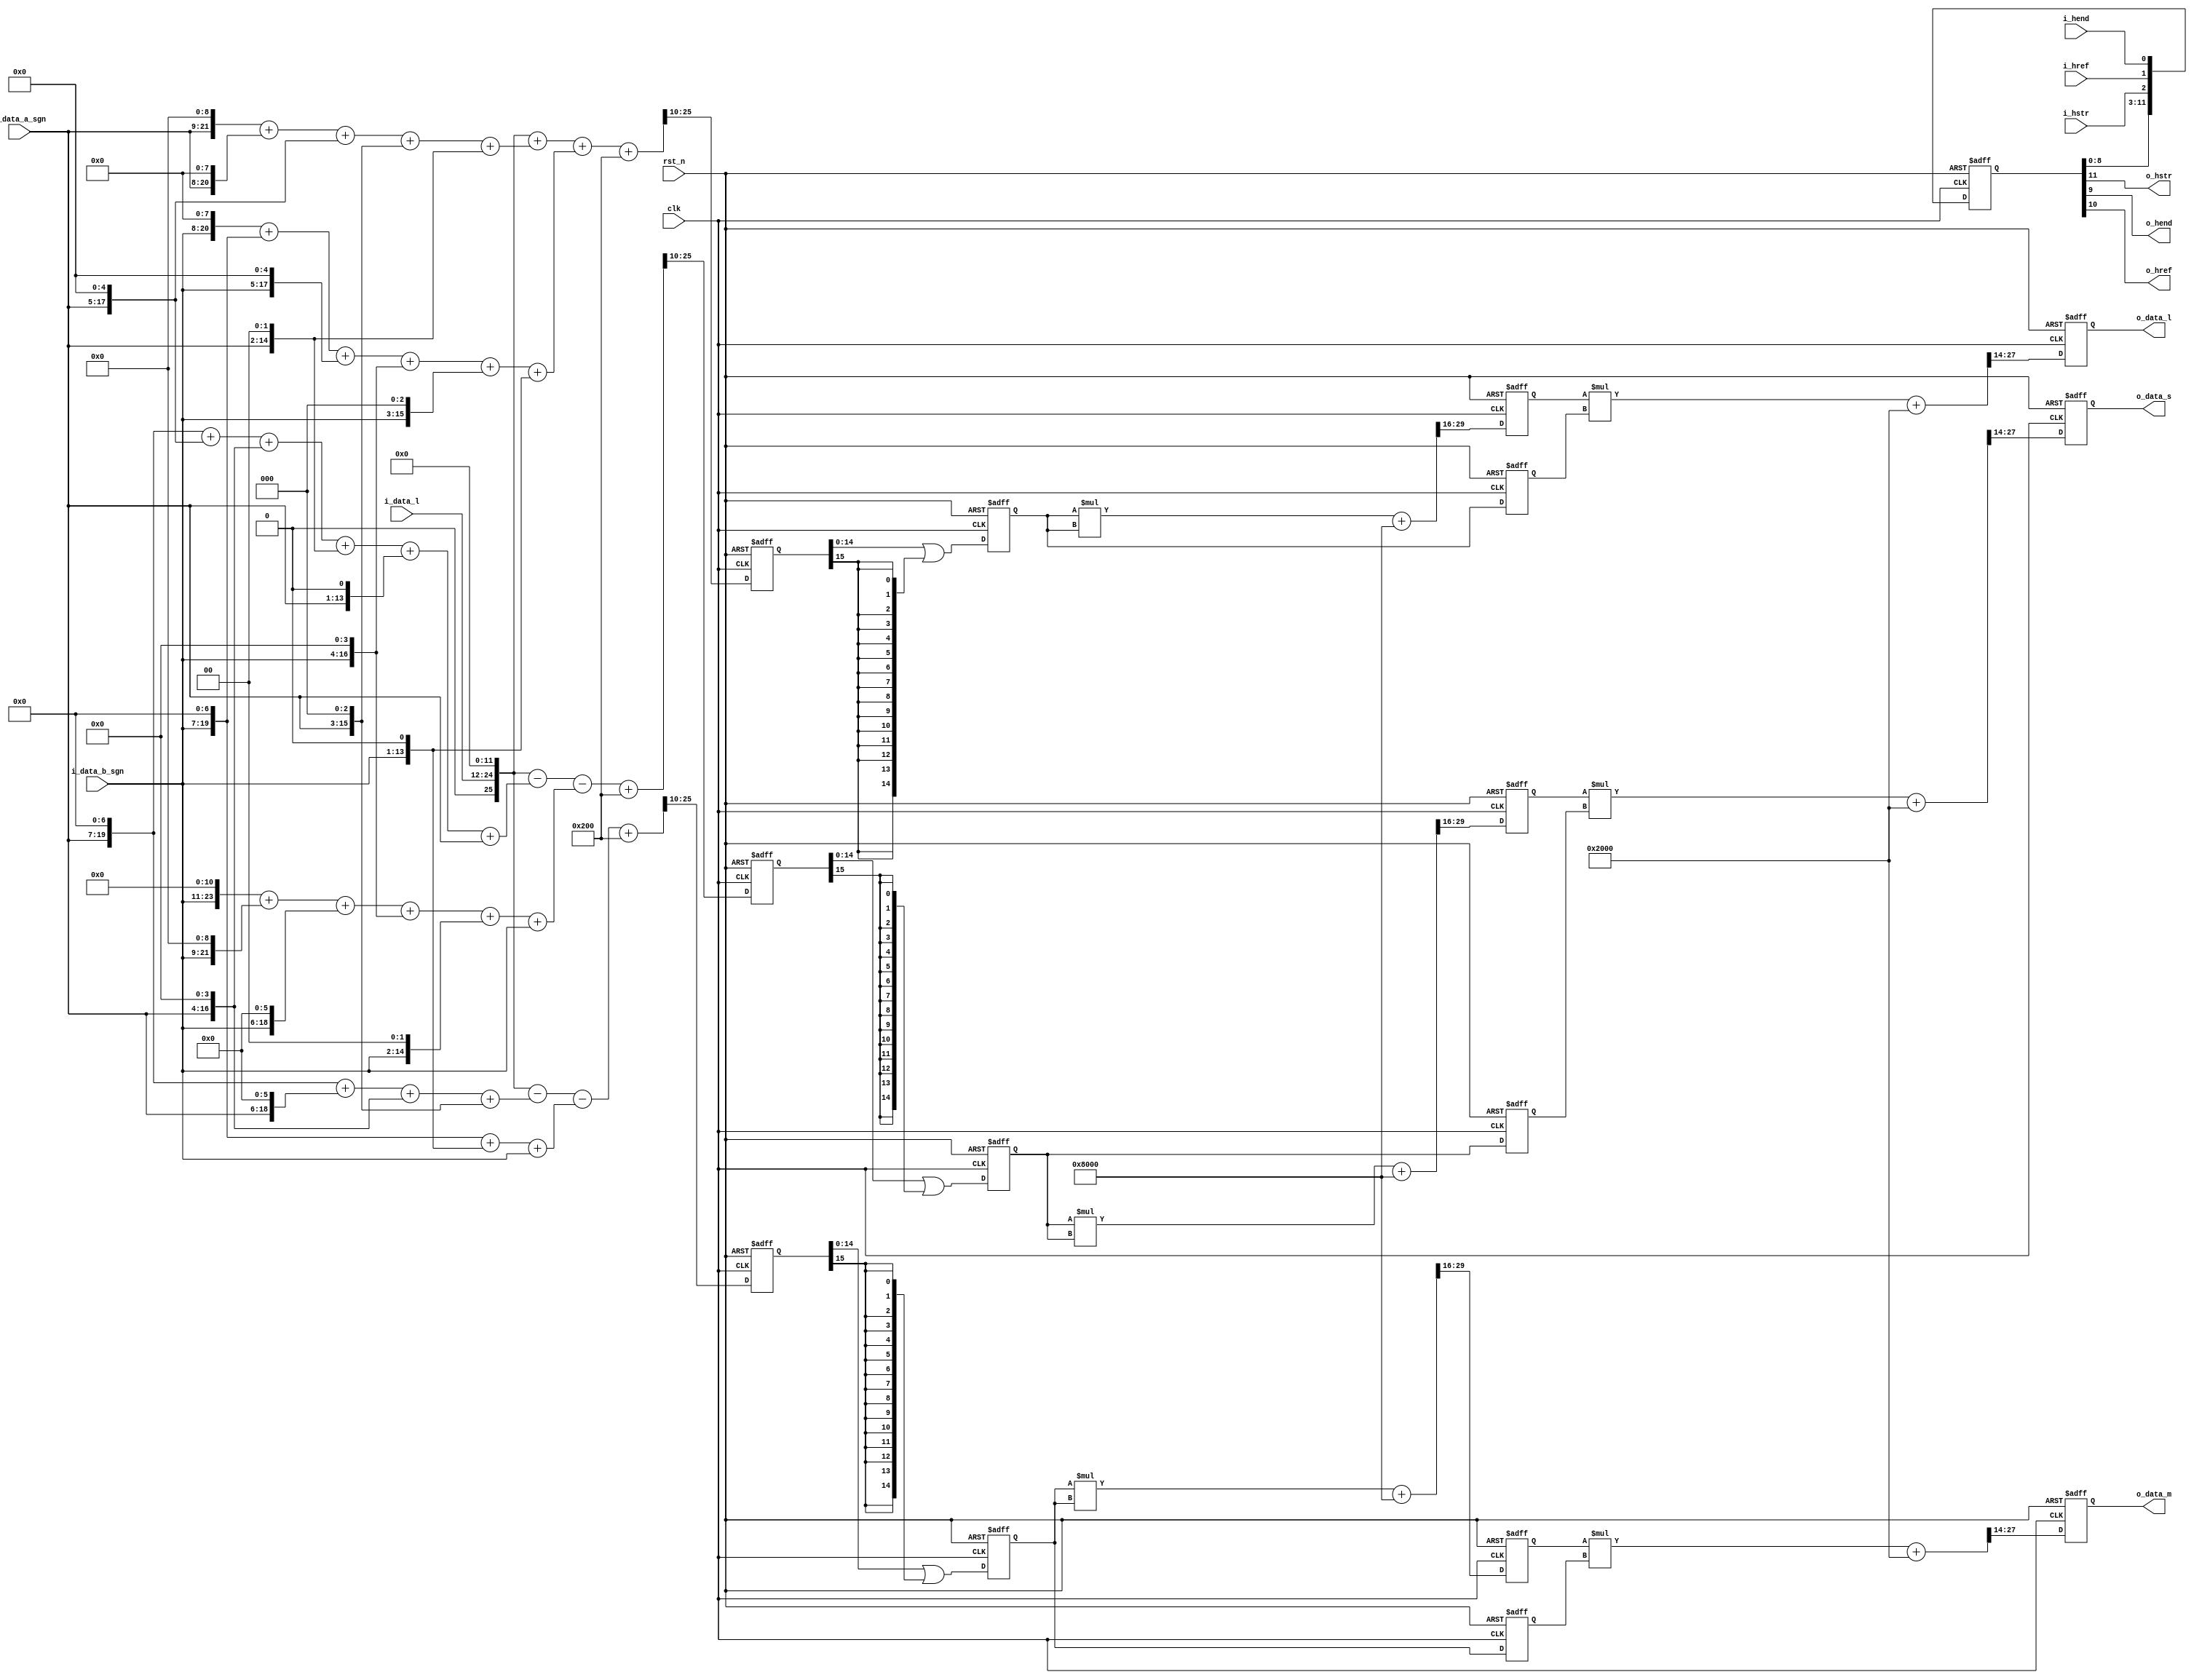
// +FHDR -----------------------------------------------------------------------
// Copyright (c) Silicon Optronics. Inc. 2022
//
//                      2.Martin Chen 
//                      3.Humphrey Lin
// Version:             1.0
//
// File Description:    OKLAB to LMS Converter
// Abbreviations:
// Parameters:          PRECISION:    S 3.11
// Data precision :     input  : L  :   3.10 
//                               AB : S 1.10
//                      outupt :        3.12
// Consuming time :     4T  
// -FHDR -----------------------------------------------------------------------

module ip_oklab2lms 
   #(
    parameter CIIW_L    = 3,                //LAB-L Accuracy Input Integer Width   //Accuracy can be reduced , but not improved 
    parameter CIPW_L    = 10,               //LAB-L Accuracy Input Point Width     //Accuracy can be reduced , but not improved 
    parameter CIIW_AB   = 2,                //LAB-AB Accuracy Input Integer Width  //Accuracy can be reduced , but not improved 
    parameter CIPW_AB   = 11,               //LAB-AB Accuracy Input Point Width    //Accuracy can be reduced , but not improved 
    parameter CIW_LAB   = 3,                //LAB Accuracy Output Integer Width    //Accuracy can be reduced , but not improved    
    parameter CPW_LAB   = 12,               //LAB Accuracy Output Point Width      //Accuracy can be reduced , but not improved        
    parameter CIW_L     = CIIW_L + CIPW_L,
    parameter CIW_AB    = CIIW_AB + CIPW_AB,
    parameter CIW_STG_1 = 6,                //stage1 multi Accuracy Integer Width  //Accuracy can be changed 
    parameter CPW_STG_1 = 8,                //stage1 multi Accuracy Point Width    //Accuracy can be changed 
    parameter COIW      = 8,                //LMS Accuracy Output Integer Width    //Accuracy can be reduced , but not improved 
    parameter COPW      = 6,                //LMS Accuracy Output Point Width      //Accuracy can be reduced , but not improved 
    parameter COW       = COIW + COPW
    )
(
    
//----------------------------------------------//
// Output declaration                           //
//----------------------------------------------//
output reg   [COW-1:0]    o_data_l,
output reg   [COW-1:0]    o_data_m,
output reg   [COW-1:0]    o_data_s,
output                    o_hstr,
output                    o_hend,
output                    o_href,

//----------------------------------------------//
// Input declaration                            //
//----------------------------------------------//
input        [CIW_L-1:0]  i_data_l,
input signed [CIW_AB-1:0] i_data_a_sgn,
input signed [CIW_AB-1:0] i_data_b_sgn,
input                     i_hstr,
input                     i_hend,
input                     i_href,
input                     clk,
input                     rst_n
);

//----------------------------------------------//
// Local parameter                              //
//----------------------------------------------//
localparam [4:0]    CW_LAB    = CIW_LAB + CPW_LAB;    //total precision for lab 
localparam [4:0]    SHIFT_BIT = (11 + 11 -CPW_LAB);   //CIPW_L and CIPW_AB will be fix to 11 

localparam [4:0]    CW_STG_1  = CIW_STG_1 + CPW_STG_1;//total precision for state1 multi

localparam [COW:0]  MAX_NUM   = (2**COW);

localparam [3:0]    DEL_NUM   = 4;
localparam [3:0]    DEL_TOL   = (DEL_NUM)*3-1;
//----------------------------------------------//
// Wire declaration                             //
//----------------------------------------------//
//-------------------------------------------------------------------------------------------- common
wire        [3:0]                    shift_bit_l;
wire        [3:0]                    shift_bit_ab;

//-------------------------------------------------------------------------------------------- color convert
wire        [11+11+CIIW_L  : 0]      l_x2048;       // CIPW_L and CIPW_AB will be fix to 11 
wire signed [10+11+CIIW_AB : 0]      a_x812_sgn;
wire signed [9 +11+CIIW_AB : 0]      b_x442_sgn;
wire        [12+11+CIIW_AB : 0]      l_x2048_o;
wire        [11+11-CPW_LAB-1:0]      l_x2048_o_rnd;
reg         [CW_LAB :0]              l_x2048_o_sft;
wire        [CW_LAB :0]              l_x2048_o_sft_nxt;

wire signed [8 +11+CIIW_AB : 0]      a_x216_sgn;
wire signed [8 +11+CIIW_AB : 0]      b_x131_sgn;
wire        [12+11+CIIW_AB : 0]      m_x2048;
wire        [11+11-CPW_LAB-1:0]      m_x2048_rnd;
reg         [CW_LAB :0]              m_x2048_sft;
wire        [CW_LAB :0]              m_x2048_sft_nxt;

wire signed [8 +11+CIIW_AB : 0]      a_x183_sgn;
wire signed [12+11+CIIW_AB : 0]      b_x2645_sgn;
wire        [13+11+CIIW_AB : 0]      s_x2048;
wire        [11+11-CPW_LAB-1:0]      s_x2048_rnd;
reg         [CW_LAB :0]              s_x2048_sft;
wire        [CW_LAB :0]              s_x2048_sft_nxt;

//-------------------------------------------------------------------------------------------- cubic calculation 
wire        [CPW_LAB*2-1 :0]         stg_1_rnd;
wire        [CPW_STG_1+CPW_LAB-1 :0] stg_2_rnd;

wire        [CW_LAB-1 :0]            l_mul_stg_0_nxt;
wire        [CW_LAB-1 :0]            m_mul_stg_0_nxt;
wire        [CW_LAB-1 :0]            s_mul_stg_0_nxt;
reg         [CW_LAB-1 :0]            l_mul_stg_0;
reg         [CW_LAB-1 :0]            m_mul_stg_0;
reg         [CW_LAB-1 :0]            s_mul_stg_0;
reg         [CW_LAB-1 :0]            l_mul_stg_0_q;
reg         [CW_LAB-1 :0]            m_mul_stg_0_q;
reg         [CW_LAB-1 :0]            s_mul_stg_0_q;

wire        [CW_LAB+CW_LAB-1 :0]     l_mul_stg_1;
wire        [CW_LAB+CW_LAB-1 :0]     m_mul_stg_1;
wire        [CW_LAB+CW_LAB-1 :0]     s_mul_stg_1;

reg         [CW_STG_1-1 :0]          l_mul_stg_1_pt; //6.8
reg         [CW_STG_1-1 :0]          m_mul_stg_1_pt; //6.8
reg         [CW_STG_1-1 :0]          s_mul_stg_1_pt; //6.8

wire        [CW_STG_1-1 :0]          l_mul_stg_1_pt_nxt; //6.8
wire        [CW_STG_1-1 :0]          m_mul_stg_1_pt_nxt; //6.8
wire        [CW_STG_1-1 :0]          s_mul_stg_1_pt_nxt; //6.8

wire        [CW_STG_1 +CW_LAB-1 :0]  l_mul_stg_2; 
wire        [CW_STG_1 +CW_LAB-1 :0]  m_mul_stg_2; 
wire        [CW_STG_1 +CW_LAB-1 :0]  s_mul_stg_2; 

//-------------------------------------------------------------------------------------------- output
wire        [COW-1 :0]               o_data_l_nxt; //8.6
wire        [COW-1 :0]               o_data_m_nxt; //8.6
wire        [COW-1 :0]               o_data_s_nxt; //8.6

reg         [DEL_TOL:0]              out_que;
wire        [DEL_TOL:0]              out_que_nxt;
//----------------------------------------------//
// Code Descriptions                            //
//----------------------------------------------//
//-------------------------------------------------------------------------------------------- common
assign x2048_rnd           = 1'b1 << (SHIFT_BIT -1);

assign shift_bit_l         = 11 - CIPW_L;
assign shift_bit_ab        = 11 - CIPW_AB;

//-------------------------------------------------------------------------------------------- color convert
// 11 bit precision
// L = 1*L+ 0.396484375*a + 0.2158203125*b
// L = (2048/2048)*L+ (812/2048)*a + (442/2048)*b

assign  l_x2048            = (i_data_l <<(11 +shift_bit_l));
assign  a_x812_sgn         = (i_data_a_sgn <<(9 +shift_bit_ab)) + (i_data_a_sgn <<(8 +shift_bit_ab)) + (i_data_a_sgn <<(5 +shift_bit_ab)) + 
                             (i_data_a_sgn <<(3 +shift_bit_ab)) + (i_data_a_sgn <<(2 +shift_bit_ab));
assign  b_x442_sgn         = (i_data_b_sgn <<(8 +shift_bit_ab)) + (i_data_b_sgn <<(7 +shift_bit_ab)) + (i_data_b_sgn <<(5 +shift_bit_ab)) + 
                             (i_data_b_sgn <<(4 +shift_bit_ab)) + (i_data_b_sgn <<(3 +shift_bit_ab)) + (i_data_b_sgn <<(1 +shift_bit_ab));

assign  l_x2048_o          = $signed(l_x2048) + $signed(a_x812_sgn) + $signed(b_x442_sgn);
assign  l_x2048_o_rnd      = {1'b1,{(SHIFT_BIT -1){1'b0}}};
assign  l_x2048_o_sft_nxt  = (l_x2048_o) + (l_x2048_o_rnd)>>> SHIFT_BIT;
assign  l_mul_stg_0_nxt    = l_x2048_o_sft | {CW_LAB{l_x2048_o_sft[CW_LAB]}};


// M = 1*L+ -0.10546875*a + -0.06396484375*b
// M = (2048/2048)*L+ (-216/2048)*a + (-131/2048)*b

assign  a_x216_sgn         = (i_data_a_sgn <<(7 +shift_bit_ab)) + (i_data_a_sgn <<(6 +shift_bit_ab)) + (i_data_a_sgn <<(4 +shift_bit_ab)) + (i_data_a_sgn <<(3 +shift_bit_ab));
assign  b_x131_sgn         = (i_data_b_sgn <<(7 +shift_bit_ab)) + (i_data_b_sgn <<(1 +shift_bit_ab)) + (i_data_b_sgn <<(shift_bit_ab)) ;

assign  m_x2048            = $signed(l_x2048) - $signed(a_x216_sgn) - $signed(b_x131_sgn);
assign  m_x2048_rnd        = {1'b1,{(SHIFT_BIT -1){1'b0}}};
assign  m_x2048_sft_nxt    = (m_x2048) + (m_x2048_rnd)>>> SHIFT_BIT;
assign  m_mul_stg_0_nxt    = m_x2048_sft | {CW_LAB{m_x2048_sft[CW_LAB]}};


// S = 1*L+ -0.08935546875*a + -1.29150390625*b
// S = (2048/2048)*L+ (-183/2048)*a + (-2645/2048)*b

assign  a_x183_sgn         = (i_data_a_sgn <<(7 +shift_bit_ab)) + (i_data_a_sgn <<(5 +shift_bit_ab)) + (i_data_a_sgn <<(4 +shift_bit_ab)) +
                             (i_data_a_sgn <<(2 +shift_bit_ab)) + (i_data_a_sgn <<(1 +shift_bit_ab)) + (i_data_a_sgn <<(shift_bit_ab));
assign  b_x2645_sgn        = (i_data_b_sgn <<(11 +shift_bit_ab))+ (i_data_b_sgn <<(9 +shift_bit_ab)) + (i_data_b_sgn <<(6 +shift_bit_ab)) +
                             (i_data_b_sgn <<(4 +shift_bit_ab)) + (i_data_b_sgn <<(2 +shift_bit_ab)) + (i_data_b_sgn <<(shift_bit_ab));
                       
assign  s_x2048            = $signed(l_x2048) - $signed(a_x183_sgn) - $signed(b_x2645_sgn);
assign  s_x2048_rnd        = {1'b1,{(SHIFT_BIT -1){1'b0}}};
assign  s_x2048_sft_nxt    = (s_x2048) + (s_x2048_rnd)>>> SHIFT_BIT;
assign  s_mul_stg_0_nxt    = s_x2048_sft | {CW_LAB{s_x2048_sft[CW_LAB]}};


//-------------------------------------------------------------------------------------------- cubic calculation 
assign stg_1_rnd           = 1'b1 << (CPW_LAB*2-CPW_STG_1-1);
assign stg_2_rnd           = 1'b1 << (CPW_STG_1+CPW_LAB-COPW-1);

assign l_mul_stg_1         = l_mul_stg_0 * l_mul_stg_0 + stg_1_rnd; 
assign l_mul_stg_1_pt_nxt  = l_mul_stg_1[CW_LAB+CW_LAB-1 -: CW_STG_1]; //6.8
assign l_mul_stg_2         = l_mul_stg_1_pt * l_mul_stg_0_q + stg_2_rnd;      
assign o_data_l_nxt        = l_mul_stg_2[CW_STG_1 +CW_LAB-2 -: COW];   //8.6

assign m_mul_stg_1         = m_mul_stg_0 * m_mul_stg_0 + stg_1_rnd; 
assign m_mul_stg_1_pt_nxt  = m_mul_stg_1[CW_LAB+CW_LAB-1 -: CW_STG_1]; //6.8
assign m_mul_stg_2         = m_mul_stg_1_pt * m_mul_stg_0_q + stg_2_rnd;
assign o_data_m_nxt        = m_mul_stg_2[CW_STG_1 +CW_LAB-2 -: COW];   //8.6

assign s_mul_stg_1         = s_mul_stg_0 * s_mul_stg_0 + stg_1_rnd; 
assign s_mul_stg_1_pt_nxt  = s_mul_stg_1[CW_LAB+CW_LAB-1 -: CW_STG_1]; //6.8
assign s_mul_stg_2         = s_mul_stg_1_pt * s_mul_stg_0_q + stg_2_rnd; 
assign o_data_s_nxt        = s_mul_stg_2[CW_STG_1 +CW_LAB-2 -: COW];   //8.6

//-------------------------------------------------------------------------------------------- output 
assign out_que_nxt         = {out_que[DEL_TOL:0] , i_hstr,i_href,i_hend};
assign o_hstr              = out_que[DEL_TOL];
assign o_href              = out_que[DEL_TOL-1];
assign o_hend              = out_que[DEL_TOL-2];



always@(posedge clk or negedge rst_n)begin
    if (!rst_n) begin
//-------------------------------------------------------------------------------------------- color convert
        l_x2048_o_sft  <= 0;
        m_x2048_sft    <= 0;
        s_x2048_sft    <= 0;
        
//-------------------------------------------------------------------------------------------- cubic calculation 
        l_mul_stg_0    <= 0;
        m_mul_stg_0    <= 0;
        s_mul_stg_0    <= 0;
        l_mul_stg_0_q  <= 0;
        m_mul_stg_0_q  <= 0;
        s_mul_stg_0_q  <= 0;    
        l_mul_stg_1_pt <= 0;
        m_mul_stg_1_pt <= 0;
        s_mul_stg_1_pt <= 0;
        
//-------------------------------------------------------------------------------------------- output
        o_data_l       <= 0;
        o_data_m       <= 0;
        o_data_s       <= 0;
        out_que        <= 0;

    end
    else begin
//-------------------------------------------------------------------------------------------- color convert
        l_x2048_o_sft  <= l_x2048_o_sft_nxt;
        m_x2048_sft    <= m_x2048_sft_nxt;
        s_x2048_sft    <= s_x2048_sft_nxt;
        
//-------------------------------------------------------------------------------------------- cubic calculation 
        l_mul_stg_0    <= l_mul_stg_0_nxt;
        m_mul_stg_0    <= m_mul_stg_0_nxt;
        s_mul_stg_0    <= s_mul_stg_0_nxt;
        l_mul_stg_0_q  <= l_mul_stg_0;
        m_mul_stg_0_q  <= m_mul_stg_0;
        s_mul_stg_0_q  <= s_mul_stg_0; 
        l_mul_stg_1_pt <= l_mul_stg_1_pt_nxt;
        m_mul_stg_1_pt <= m_mul_stg_1_pt_nxt;
        s_mul_stg_1_pt <= s_mul_stg_1_pt_nxt;
        
//-------------------------------------------------------------------------------------------- output
        o_data_l       <= o_data_l_nxt;
        o_data_m       <= o_data_m_nxt;
        o_data_s       <= o_data_s_nxt;
        out_que        <= out_que_nxt;
        
    end
end
endmodule